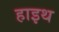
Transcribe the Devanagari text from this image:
हाइथ